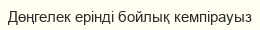
Дөңгелек ерінді бойлық кемпірауыз